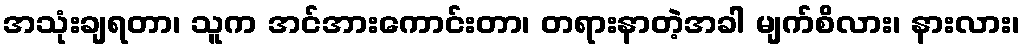
အသုံးချရတာ၊ သူက အင်အားကောင်းတာ၊ တရားနာတဲ့အခါ မျက်စိလား၊ နားလား၊